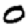
Digit: 0